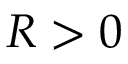
R > 0